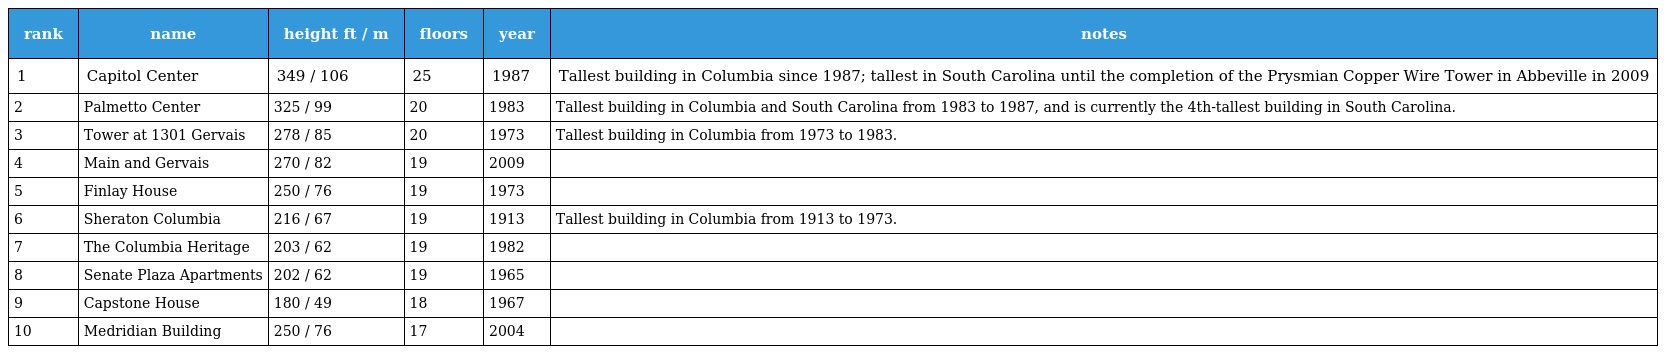
| rank | name | height ft / m | floors | year | notes |
 | --- | --- | --- | --- | --- | --- |
 | 1 | Capitol Center | 349 / 106 | 25 | 1987 | Tallest building in Columbia since 1987; tallest in South Carolina until the completion of the Prysmian Copper Wire Tower in Abbeville in 2009 |
 | 2 | Palmetto Center | 325 / 99 | 20 | 1983 | Tallest building in Columbia and South Carolina from 1983 to 1987, and is currently the 4th-tallest building in South Carolina. |
 | 3 | Tower at 1301 Gervais | 278 / 85 | 20 | 1973 | Tallest building in Columbia from 1973 to 1983. |
 | 4 | Main and Gervais | 270 / 82 | 19 | 2009 |  |
 | 5 | Finlay House | 250 / 76 | 19 | 1973 |  |
 | 6 | Sheraton Columbia | 216 / 67 | 19 | 1913 | Tallest building in Columbia from 1913 to 1973. |
 | 7 | The Columbia Heritage | 203 / 62 | 19 | 1982 |  |
 | 8 | Senate Plaza Apartments | 202 / 62 | 19 | 1965 |  |
 | 9 | Capstone House | 180 / 49 | 18 | 1967 |  |
 | 10 | Medridian Building | 250 / 76 | 17 | 2004 |  |